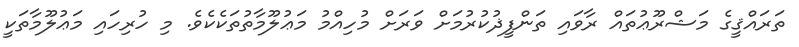
ތަރައްޤީގެ މަޝްރޫޢުތައް ރާވައި ތަންފީޛުކުރުމަށް ވަރަށް މުހިއްމު މަޢުލޫމާތުތަކެކެވެ. މި ހުރިހައި މަޢުލޫމާތަކީ